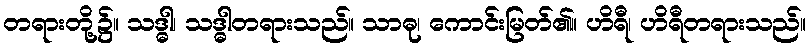
တရားတို့၌။ သဒ္ဓါ၊ သဒ္ဓါတရားသည်။ သာဓု၊ ကောင်းမြတ်၏။ ဟိရီ၊ ဟိရီတရားသည်။